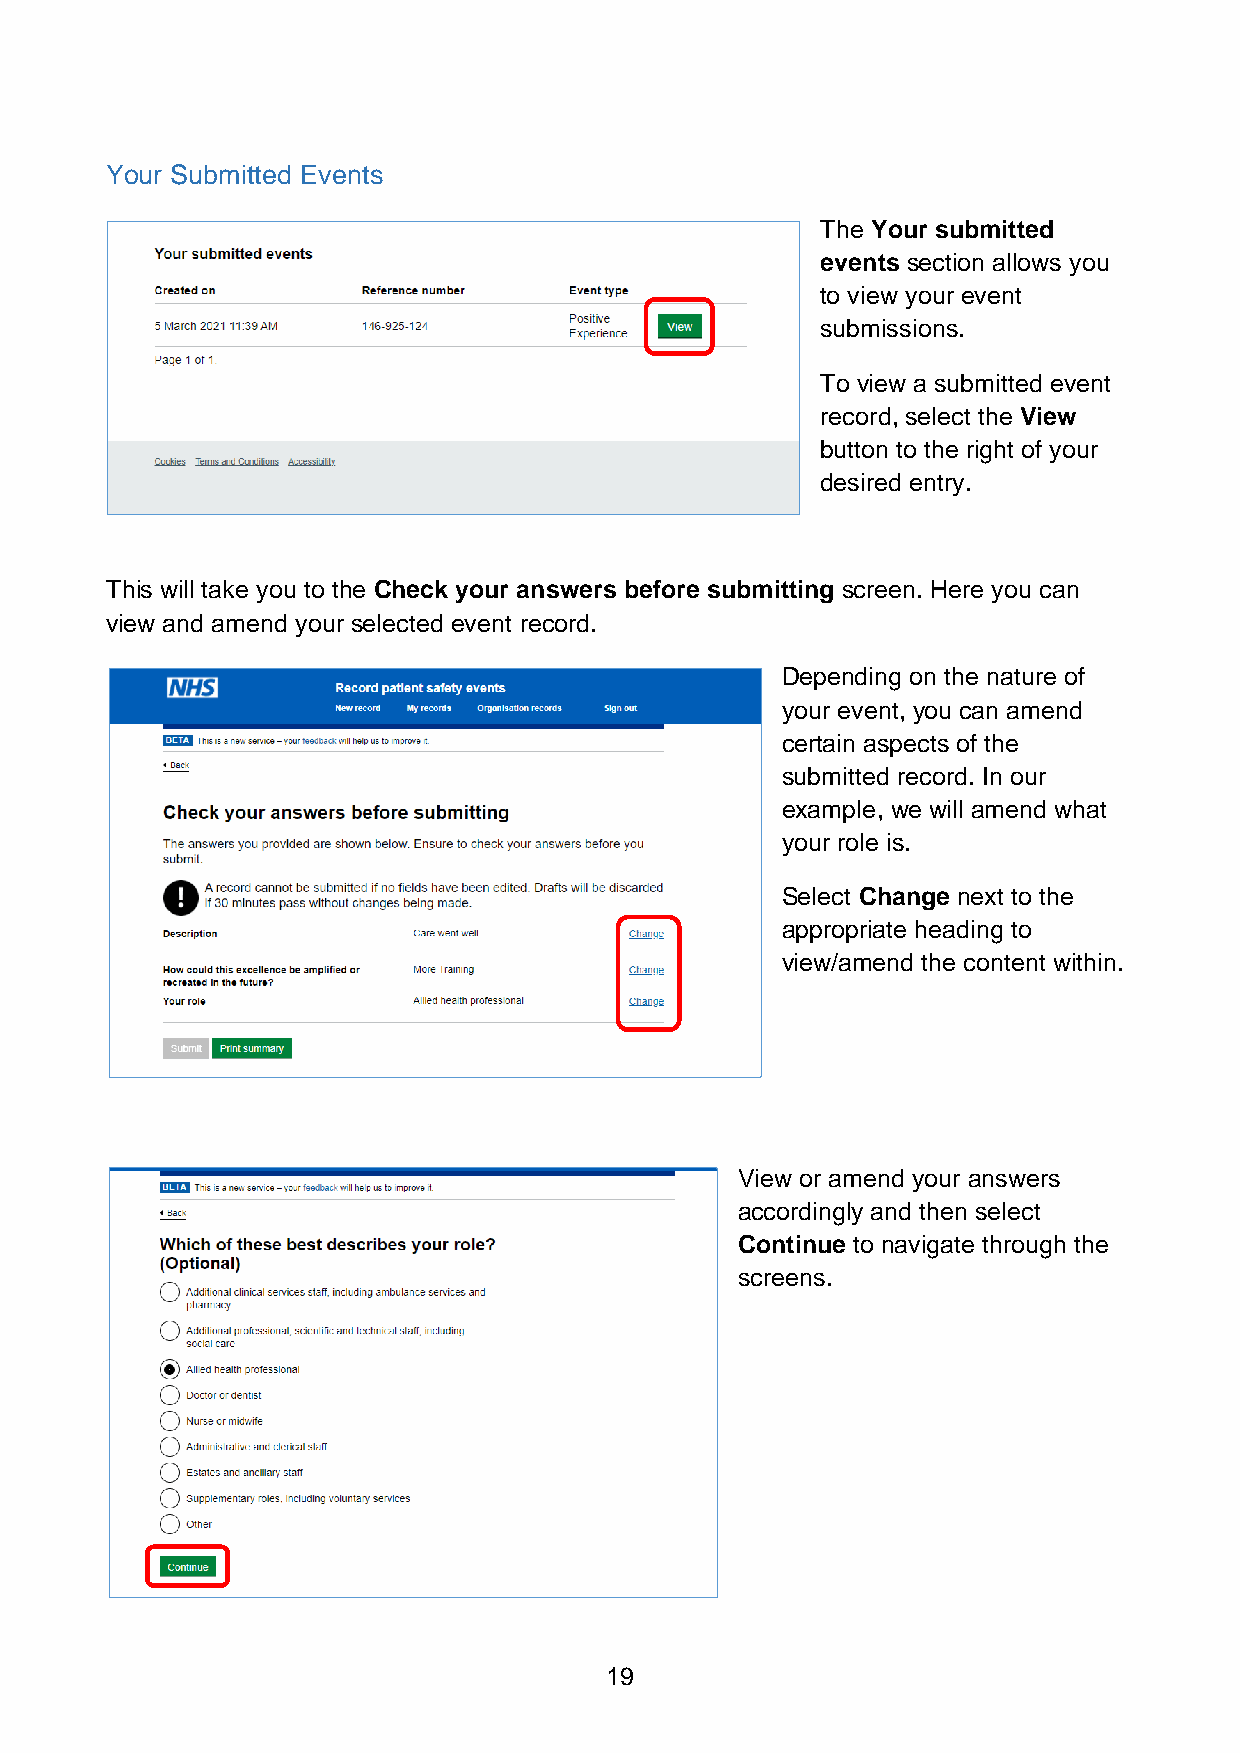
Your Submitted Events
 The Your submitted
 events section allows you
 to view your event
 submissions.
 To view a submitted event
 record, select the View
 button to the right of your
 desired entry.
 This will take you to the Check your answers before submitting screen. Here you can
 view and amend your selected event record.
 Depending on the nature of
 your event, you can amend
 certain aspects of the
 submitted record. In our
 example, we will amend what
 your role is.
 Select Change next to the
 appropriate heading to
 view/amend the content within.
 View or amend your answers
 accordingly and then select
 Continue to navigate through the
 screens.
 19